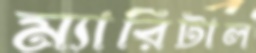
ম্যারিটাল